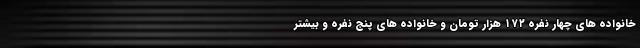
خانواده های چهار نفره ۱۷۲ هزار تومان و خانواده های پنج نفره و بیشتر